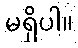
မရှိပါ။